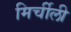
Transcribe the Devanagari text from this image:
मिर्चीली